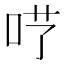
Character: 𠰖